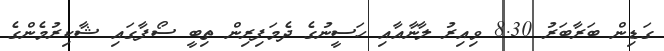
ގަޑިން ބަރާބަރު 8.30 ވިއިރު ލާނާއާއި ހަސީނުގެ ދެމަފިރިން ތިބީ ސޯފާގައި ޝާކިރުމެންގެ